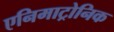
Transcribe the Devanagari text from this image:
एनिमाट्रोनिक